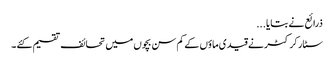
ذرائع نے بتایا ...
سٹار کرکٹر نے قیدی ماؤں کے کم سن بچوں میں تحائف تقسیم کئے ۔